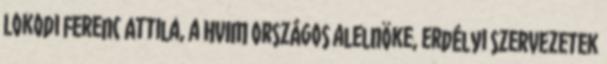
Lokodi Ferenc Attila, a HVIM országos alelnöke, erdélyi szervezetek